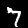
Label: 7